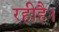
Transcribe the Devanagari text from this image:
रहीहै।